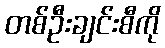
တစ်ဦးချင်းစီကို